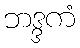
ဘဒ္ဒကံ